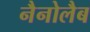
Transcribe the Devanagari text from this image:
नैनोलैब